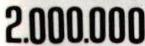
2.000.000